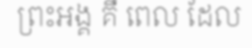
ព្រះអង្គ គឺ ពេល ដែល